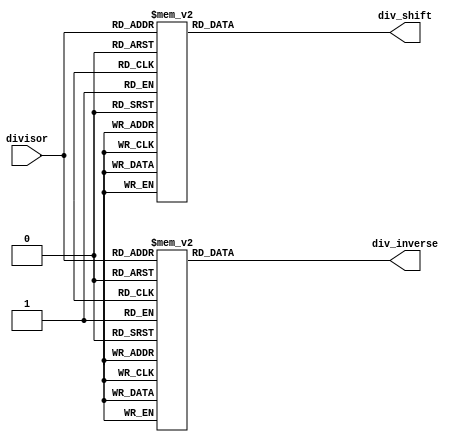
module inverse_table
#(parameter DIVISOR_WIDTH=7,WIDTH_INVERSE=8,WIDTH_SHIFT=4)
(
input [ DIVISOR_WIDTH-1:0] divisor,

output reg [WIDTH_INVERSE-1:0] div_inverse,
output reg [  WIDTH_SHIFT-1:0] div_shift
);

//inverses here all have 8 effective bits (the leftmost bit is 1)
always@* begin
	case(divisor)
	  7'd1   : div_inverse = 8'd128;
	  7'd2   : div_inverse = 8'd128;
	  7'd3   : div_inverse = 8'd171;
	  7'd4   : div_inverse = 8'd128;
	  7'd5   : div_inverse = 8'd205;
	  7'd6   : div_inverse = 8'd171;
	  7'd7   : div_inverse = 8'd147;
	  7'd8   : div_inverse = 8'd128;
	  7'd9   : div_inverse = 8'd228;
	  7'd10  : div_inverse = 8'd205;
	  7'd11  : div_inverse = 8'd187;
	  7'd12  : div_inverse = 8'd171;
	  7'd13  : div_inverse = 8'd158;
	  7'd14  : div_inverse = 8'd147;
	  7'd15  : div_inverse = 8'd137;
	  7'd16  : div_inverse = 8'd128;
	  7'd17  : div_inverse = 8'd241;
	  7'd18  : div_inverse = 8'd228;
	  7'd19  : div_inverse = 8'd216;
	  7'd20  : div_inverse = 8'd205;
	  7'd21  : div_inverse = 8'd196;
	  7'd22  : div_inverse = 8'd187;
	  7'd23  : div_inverse = 8'd179;
	  7'd24  : div_inverse = 8'd171;
	  7'd25  : div_inverse = 8'd164;
	  7'd26  : div_inverse = 8'd158;
	  7'd27  : div_inverse = 8'd152;
	  7'd28  : div_inverse = 8'd147;
	  7'd29  : div_inverse = 8'd142;
	  7'd30  : div_inverse = 8'd137;
	  7'd31  : div_inverse = 8'd133;
	  7'd32  : div_inverse = 8'd128;
	  7'd33  : div_inverse = 8'd249;
	  7'd34  : div_inverse = 8'd241;
	  7'd35  : div_inverse = 8'd235;
	  7'd36  : div_inverse = 8'd228;
	  7'd37  : div_inverse = 8'd222;
	  7'd38  : div_inverse = 8'd216;
	  7'd39  : div_inverse = 8'd211;
	  7'd40  : div_inverse = 8'd205;
	  7'd41  : div_inverse = 8'd200;
	  7'd42  : div_inverse = 8'd196;
	  7'd43  : div_inverse = 8'd191;
	  7'd44  : div_inverse = 8'd187;
	  7'd45  : div_inverse = 8'd183;
	  7'd46  : div_inverse = 8'd179;
	  7'd47  : div_inverse = 8'd175;
	  7'd48  : div_inverse = 8'd171;
	  7'd49  : div_inverse = 8'd168;
	  7'd50  : div_inverse = 8'd164;
	  7'd51  : div_inverse = 8'd161;
	  7'd52  : div_inverse = 8'd158;
	  7'd53  : div_inverse = 8'd155;
	  7'd54  : div_inverse = 8'd152;
	  7'd55  : div_inverse = 8'd149;
	  7'd56  : div_inverse = 8'd147;
	  7'd57  : div_inverse = 8'd144;
	  7'd58  : div_inverse = 8'd142;
	  7'd59  : div_inverse = 8'd139;
	  7'd60  : div_inverse = 8'd137;
	  7'd61  : div_inverse = 8'd135;
	  7'd62  : div_inverse = 8'd133;
	  7'd63  : div_inverse = 8'd131;
	  7'd64  : div_inverse = 8'd128;
	  7'd65  : div_inverse = 8'd253;
	  7'd66  : div_inverse = 8'd249;
	  7'd67  : div_inverse = 8'd245;
	  7'd68  : div_inverse = 8'd241;
	  7'd69  : div_inverse = 8'd238;
	  7'd70  : div_inverse = 8'd235;
	  7'd71  : div_inverse = 8'd231;
	  7'd72  : div_inverse = 8'd228;
	  7'd73  : div_inverse = 8'd225;
	  7'd74  : div_inverse = 8'd222;
	  7'd75  : div_inverse = 8'd219;
	  7'd76  : div_inverse = 8'd216;
	  7'd77  : div_inverse = 8'd213;
	  7'd78  : div_inverse = 8'd211;
	  7'd79  : div_inverse = 8'd208;
	  7'd80  : div_inverse = 8'd205;
	  7'd81  : div_inverse = 8'd203;
	  7'd82  : div_inverse = 8'd200;
	  7'd83  : div_inverse = 8'd198;
	  7'd84  : div_inverse = 8'd196;
	  7'd85  : div_inverse = 8'd193;
	  7'd86  : div_inverse = 8'd191;
	  7'd87  : div_inverse = 8'd189;
	  7'd88  : div_inverse = 8'd187;
	  7'd89  : div_inverse = 8'd185;
	  7'd90  : div_inverse = 8'd183;
	  7'd91  : div_inverse = 8'd181;
	  7'd92  : div_inverse = 8'd179;
	  7'd93  : div_inverse = 8'd177;
	  7'd94  : div_inverse = 8'd175;
	  7'd95  : div_inverse = 8'd173;
	  7'd96  : div_inverse = 8'd171;
	  7'd97  : div_inverse = 8'd169;
	  7'd98  : div_inverse = 8'd168;
	  7'd99  : div_inverse = 8'd166;
	  7'd100 : div_inverse = 8'd164;
	  7'd101 : div_inverse = 8'd163;
	  7'd102 : div_inverse = 8'd161;
	  7'd103 : div_inverse = 8'd160;
	  7'd104 : div_inverse = 8'd158;
	  7'd105 : div_inverse = 8'd157;
	default : div_inverse = 8'd128 ;  
  endcase
end


always@* begin
	case(divisor)
	  7'd1   : div_shift = 4'd7 ;
	  7'd2   : div_shift = 4'd8 ;
	  7'd3   : div_shift = 4'd9 ;
	  7'd4   : div_shift = 4'd9 ;
	  7'd5   : div_shift = 4'd10;
	  7'd6   : div_shift = 4'd10;
	  7'd7   : div_shift = 4'd10;
	  7'd8   : div_shift = 4'd10;
	  7'd9   : div_shift = 4'd11;
	  7'd10  : div_shift = 4'd11;
	  7'd11  : div_shift = 4'd11;
	  7'd12  : div_shift = 4'd11;
	  7'd13  : div_shift = 4'd11;
	  7'd14  : div_shift = 4'd11;
	  7'd15  : div_shift = 4'd11;
	  7'd16  : div_shift = 4'd11;
	  7'd17  : div_shift = 4'd12;
	  7'd18  : div_shift = 4'd12;
	  7'd19  : div_shift = 4'd12;
	  7'd20  : div_shift = 4'd12;
	  7'd21  : div_shift = 4'd12;
	  7'd22  : div_shift = 4'd12;
	  7'd23  : div_shift = 4'd12;
	  7'd24  : div_shift = 4'd12;
	  7'd25  : div_shift = 4'd12;
	  7'd26  : div_shift = 4'd12;
	  7'd27  : div_shift = 4'd12;
	  7'd28  : div_shift = 4'd12;
	  7'd29  : div_shift = 4'd12;
	  7'd30  : div_shift = 4'd12;
	  7'd31  : div_shift = 4'd12;
	  7'd32  : div_shift = 4'd12;
	  7'd33  : div_shift = 4'd13;
	  7'd34  : div_shift = 4'd13;
	  7'd35  : div_shift = 4'd13;
	  7'd36  : div_shift = 4'd13;
	  7'd37  : div_shift = 4'd13;
	  7'd38  : div_shift = 4'd13;
	  7'd39  : div_shift = 4'd13;
	  7'd40  : div_shift = 4'd13;
	  7'd41  : div_shift = 4'd13;
	  7'd42  : div_shift = 4'd13;
	  7'd43  : div_shift = 4'd13;
	  7'd44  : div_shift = 4'd13;
	  7'd45  : div_shift = 4'd13;
	  7'd46  : div_shift = 4'd13;
	  7'd47  : div_shift = 4'd13;
	  7'd48  : div_shift = 4'd13;
	  7'd49  : div_shift = 4'd13;
	  7'd50  : div_shift = 4'd13;
	  7'd51  : div_shift = 4'd13;
	  7'd52  : div_shift = 4'd13;
	  7'd53  : div_shift = 4'd13;
	  7'd54  : div_shift = 4'd13;
	  7'd55  : div_shift = 4'd13;
	  7'd56  : div_shift = 4'd13;
	  7'd57  : div_shift = 4'd13;
	  7'd58  : div_shift = 4'd13;
	  7'd59  : div_shift = 4'd13;
	  7'd60  : div_shift = 4'd13;
	  7'd61  : div_shift = 4'd13;
	  7'd62  : div_shift = 4'd13;
	  7'd63  : div_shift = 4'd13;
	  7'd64  : div_shift = 4'd13;
	  7'd65  : div_shift = 4'd14;
	  7'd66  : div_shift = 4'd14;
	  7'd67  : div_shift = 4'd14;
	  7'd68  : div_shift = 4'd14;
	  7'd69  : div_shift = 4'd14;
	  7'd70  : div_shift = 4'd14;
	  7'd71  : div_shift = 4'd14;
	  7'd72  : div_shift = 4'd14;
	  7'd73  : div_shift = 4'd14;
	  7'd74  : div_shift = 4'd14;
	  7'd75  : div_shift = 4'd14;
	  7'd76  : div_shift = 4'd14;
	  7'd77  : div_shift = 4'd14;
	  7'd78  : div_shift = 4'd14;
	  7'd79  : div_shift = 4'd14;
	  7'd80  : div_shift = 4'd14;
	  7'd81  : div_shift = 4'd14;
	  7'd82  : div_shift = 4'd14;
	  7'd83  : div_shift = 4'd14;
	  7'd84  : div_shift = 4'd14;
	  7'd85  : div_shift = 4'd14;
	  7'd86  : div_shift = 4'd14;
	  7'd87  : div_shift = 4'd14;
	  7'd88  : div_shift = 4'd14;
	  7'd89  : div_shift = 4'd14;
	  7'd90  : div_shift = 4'd14;
	  7'd91  : div_shift = 4'd14;
	  7'd92  : div_shift = 4'd14;
	  7'd93  : div_shift = 4'd14;
	  7'd94  : div_shift = 4'd14;
	  7'd95  : div_shift = 4'd14;
	  7'd96  : div_shift = 4'd14;
	  7'd97  : div_shift = 4'd14;
	  7'd98  : div_shift = 4'd14;
	  7'd99  : div_shift = 4'd14;
	  7'd100 : div_shift = 4'd14;
	  7'd101 : div_shift = 4'd14;
	  7'd102 : div_shift = 4'd14;
	  7'd103 : div_shift = 4'd14;
	  7'd104 : div_shift = 4'd14;
	  7'd105 : div_shift = 4'd14;
	default : div_shift = 4'd7 ;  
  endcase
end

endmodule